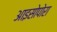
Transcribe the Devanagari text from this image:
आइसोपोरा